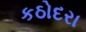
કઠોદરા